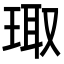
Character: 㻓